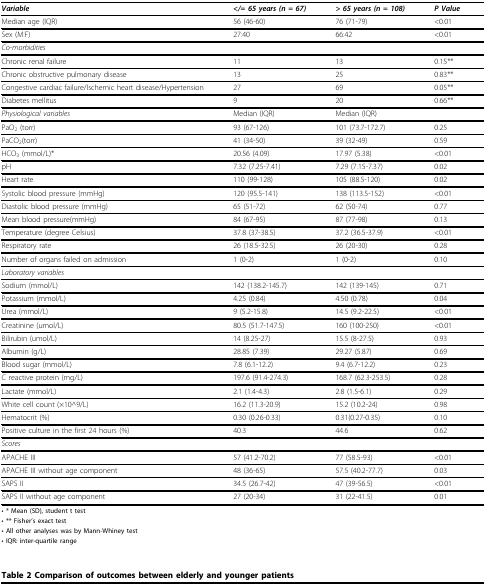
<table><thead><tr><td><b><i>Variable</i></b></td><td><b><i>&lt;/= 65 years (n = 67)</i></b></td><td><b><i>&gt; 65 years (n = 108)</i></b></td><td><b><i>P Value</i></b></td></tr></thead><tbody><tr><td>Median age (IQR)</td><td>56 (46-60)</td><td>76 (71-79)</td><td>&lt;0.01</td></tr><tr><td>Sex (M:F)</td><td>27:40</td><td>66:42</td><td>&lt;0.01</td></tr><tr><td colspan="4"><i>Co-morbidities</i></td></tr><tr><td>Chronic renal failure</td><td>11</td><td>13</td><td>0.15**</td></tr><tr><td>Chronic obstructive pulmonary disease</td><td>13</td><td>25</td><td>0.83**</td></tr><tr><td>Congestive cardiac failure/Ischemic heart disease/Hypertension</td><td>27</td><td>69</td><td>0.05**</td></tr><tr><td>Diabetes mellitus</td><td>9</td><td>20</td><td>0.66**</td></tr><tr><td><i>Physiological variables</i></td><td>Median (IQR)</td><td>Median (IQR)</td><td></td></tr><tr><td>PaO<sub>2 </sub>(torr)</td><td>93 (67-126)</td><td>101 (73.7-172.7)</td><td>0.25</td></tr><tr><td>PaCO<sub>2</sub>(torr)</td><td>41 (34-50)</td><td>39 (32-49)</td><td>0.59</td></tr><tr><td>HCO<sub>3 </sub>(mmol/L)*</td><td>20.56 (4.09)</td><td>17.97 (5.38)</td><td>&lt;0.01</td></tr><tr><td>pH</td><td>7.32 (7.25-7.41)</td><td>7.29 (7.15-7.37)</td><td>0.02</td></tr><tr><td>Heart rate</td><td>110 (99-128)</td><td>105 (88.5-120)</td><td>0.02</td></tr><tr><td>Systolic blood pressure (mmHg)</td><td>120 (95.5-141)</td><td>138 (113.5-152)</td><td>&lt;0.01</td></tr><tr><td>Diastolic blood pressure (mmHg)</td><td>65 (51-72)</td><td>62 (50-74)</td><td>0.77</td></tr><tr><td>Mean blood pressure(mmHg)</td><td>84 (67-95)</td><td>87 (77-98)</td><td>0.13</td></tr><tr><td>Temperature (degree Celsius)</td><td>37.8 (37-38.5)</td><td>37.2 (36.5-37.9)</td><td>&lt;0.01</td></tr><tr><td>Respiratory rate</td><td>26 (18.5-32.5)</td><td>26 (20-30)</td><td>0.28</td></tr><tr><td>Number of organs failed on admission</td><td>1 (0-2)</td><td>1 (0-2)</td><td>0.10</td></tr><tr><td colspan="4"><i>Laboratory variables</i></td></tr><tr><td>Sodium (mmol/L)</td><td>142 (138.2-145.7)</td><td>142 (139-145)</td><td>0.71</td></tr><tr><td>Potassium (mmol/L)</td><td>4.25 (0.84)</td><td>4.50 (0.78)</td><td>0.04</td></tr><tr><td>Urea (mmol/L)</td><td>9 (5.2-15.8)</td><td>14.5 (9.2-22.5)</td><td>&lt;0.01</td></tr><tr><td>Creatinine (umol/L)</td><td>80.5 (51.7-147.5)</td><td>160 (100-250)</td><td>&lt;0.01</td></tr><tr><td>Bilirubin (umol/L)</td><td>14 (8.25-27)</td><td>15.5 (8-27.5)</td><td>0.93</td></tr><tr><td>Albumin (g/L)</td><td>28.85 (7.39)</td><td>29.27 (5.87)</td><td>0.69</td></tr><tr><td>Blood sugar (mmol/L)</td><td>7.8 (6.1-12.2)</td><td>9.4 (6.7-12.2)</td><td>0.23</td></tr><tr><td>C reactive protein (mg/L)</td><td>197.6 (91.4-274.3)</td><td>168.7 (62.3-253.5)</td><td>0.28</td></tr><tr><td>Lactate (mmol/L)</td><td>2.1 (1.4-4.3)</td><td>2.8 (1.5-6.1)</td><td>0.29</td></tr><tr><td>White cell count (×10^9/L)</td><td>16.2 (11.3-20.9)</td><td>15.2 (10.2-24)</td><td>0.98</td></tr><tr><td>Hematocrit (%)</td><td>0.30 (0.26-0.33)</td><td>0.31(0.27-0.35)</td><td>0.10</td></tr><tr><td>Positive culture in the first 24 hours (%)</td><td>40.3</td><td>44.6</td><td>0.62</td></tr><tr><td colspan="4"><i>Scores</i></td></tr><tr><td>APACHE III</td><td>57 (41.2-70.2)</td><td>77 (58.5-93)</td><td>&lt;0.01</td></tr><tr><td>APACHE III without age component</td><td>48 (36-65)</td><td>57.5 (40.2-77.7)</td><td>0.03</td></tr><tr><td>SAPS II</td><td>34.5 (26.7-42)</td><td>47 (39-56.5)</td><td>&lt;0.01</td></tr><tr><td>SAPS II without age component</td><td>27 (20-34)</td><td>31 (22-41.5)</td><td>0.01</td></tr></tbody></table>